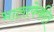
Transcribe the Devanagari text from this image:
भालाफेकीत